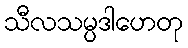
သီလသမ္ပဒါဟေတု